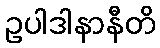
ဥပါဒါနာနီတိ